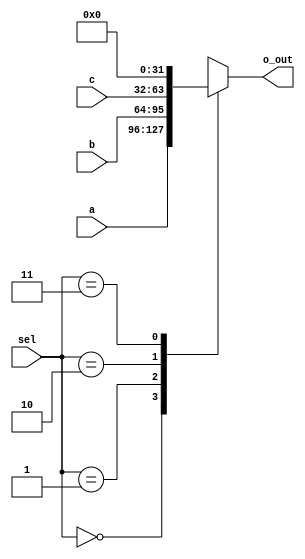
`timescale 1ns / 1ps



module  MUX_2bit_in(
    input [31:0] a,
    input [31:0] b,
    input [31:0] c,
    input [1:0] sel,
    output reg [31:0] o_out
     );
always @(*)begin
case(sel)
    2'b00: o_out <= a;
    2'b01: o_out <= b;
    2'b10: o_out <= c;
    2'b11: o_out <= 32'b0;
endcase
end
endmodule